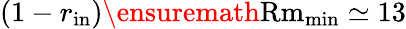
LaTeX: (1-r_{\mathrm{in}})\ensuremath\mathrm{{Rm}}_{\mathrm{min}}\simeq 13